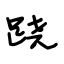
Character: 跷